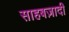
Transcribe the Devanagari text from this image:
साहबज़ादी